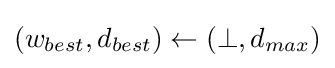
(w_{best},d_{best})\leftarrow (\perp ,d_{max})